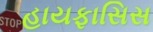
હાયફાસિસ